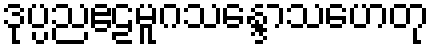
ဒုပ္ပညဧဠမူဂသန္ဒောသဟေတု